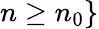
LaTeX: n\geq n_{0}\}